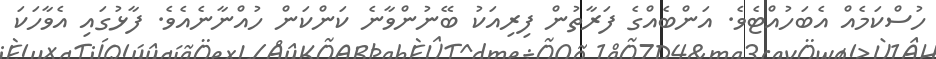
ހުސްކަމެއް އެބަހުއްޓެވެ. އަންބެއްގެ ފަރާތުން ފިރިއަކު ބޭނުންވާނެ ކަންކަން ހުއްނާނެއެވެ. ފާޅުގައި އެވާހަކަ